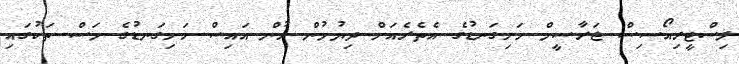
ލިސްޓީރިއޯސިސް ޖަރާސީމް ހަށިގަނޑުގެ އެތެރެއަށް ދިޔުމުން ހުން އައިސް ހަށިގަނޑުގެ މަސް ތަކުގައި